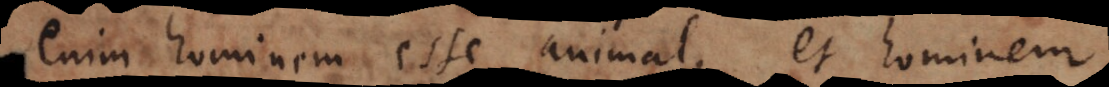
enim hominem esse animal, et hominem